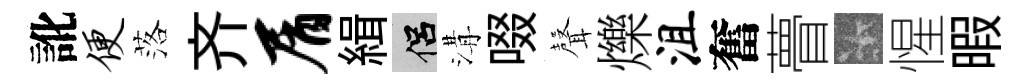
訛便落齐屑緝侣溝啜𮋻爍沮奮瞢卡惺暇